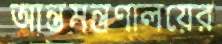
আন্তমন্ত্রণালয়ের